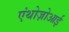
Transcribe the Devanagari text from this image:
एंथोज़ोआई